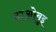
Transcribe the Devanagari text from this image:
दाओबुइ